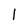
Character: l